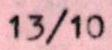
13/10